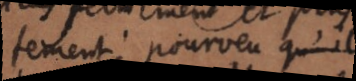
tement; pourveu qu’il